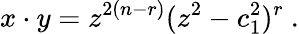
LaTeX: x\cdot y=z^{2(n-r)}(z^{2}-c_{1}^{2})^{r}~.